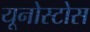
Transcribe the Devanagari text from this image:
यूनोस्टोस